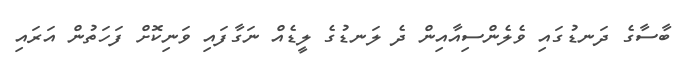
ބާސާގެ ދަނޑުގައި ވެލެންސިއާއިން ދެ ލަނޑުގެ ލީޑެއް ނަގާފައި ވަނިކޮށް ފަހަތުން އަރައި